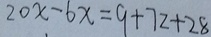
2 0 x - 6 x = 9 + 7 2 + 2 8